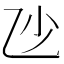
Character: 𠃣